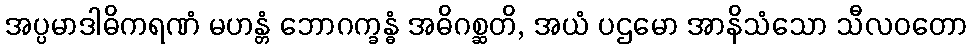
အပ္ပမာဒါဓိကရဏံ မဟန္တံ ဘောဂက္ခန္ဓံ အဓိဂစ္ဆတိ, အယံ ပဌမော အာနိသံသော သီလဝတော